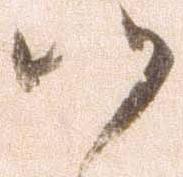
候